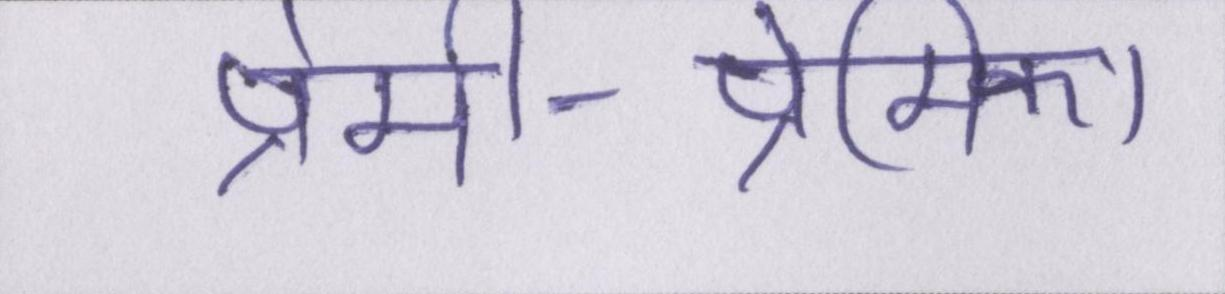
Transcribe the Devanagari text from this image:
प्रेमी-प्रेमिका